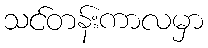
သင်တန်းကာလမှာ